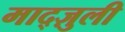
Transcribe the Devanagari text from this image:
माद्ज़ुली